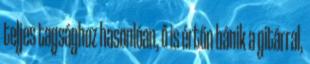
teljes tagsághoz hasonlóan, ő is értőn bánik a gitárral,